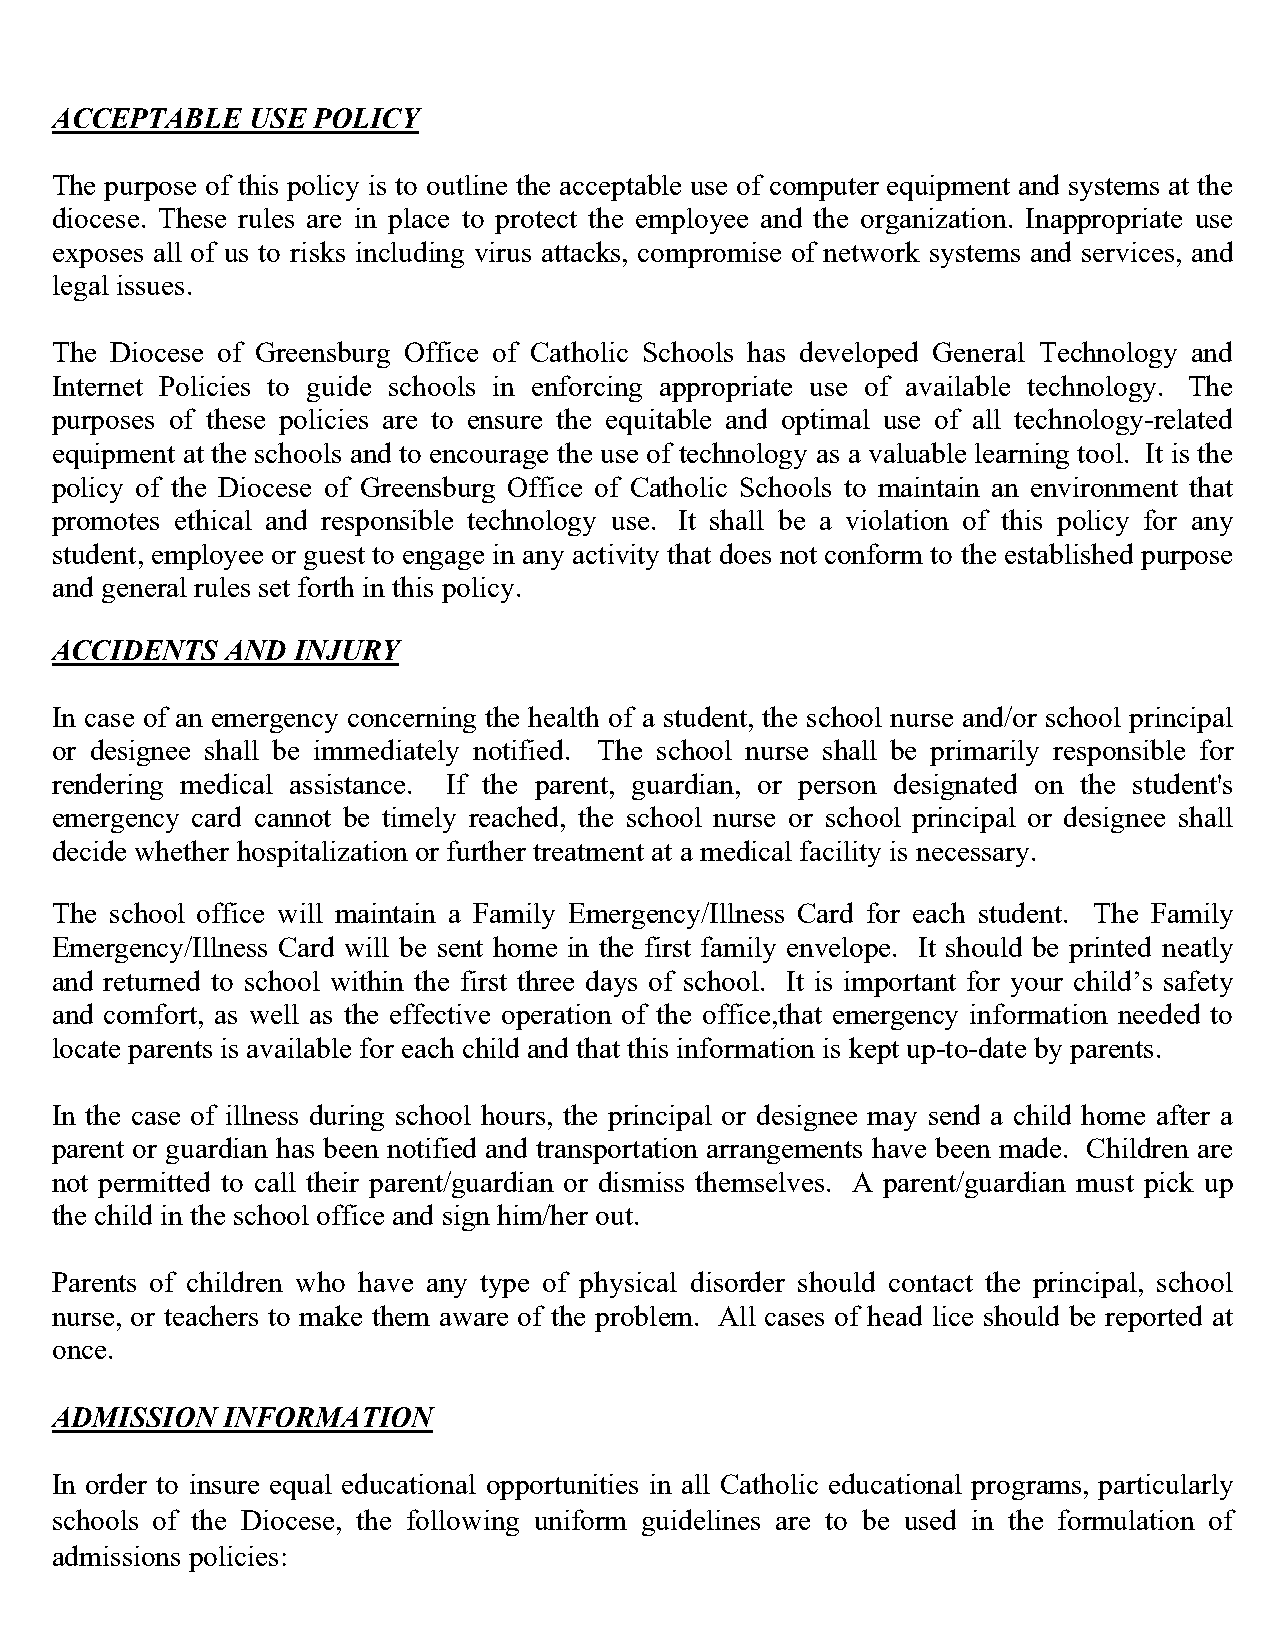
ACCEPTABLE   USE  POLICY
 The purpose of this policy is to outline the acceptable use of computer equipment and systems at the
 diocese. These rules are in place to protect the employee and the organization. Inappropriate use
 exposes all of us to risks including virus attacks, compromise of network systems and services, and
 legal issues.
 The Diocese of Greensburg Office of Catholic Schools has developed General Technology and
 Internet Policies to guide schools in enforcing appropriate use of available technology. The
 purposes of these policies are to ensure the equitable and optimal use of all technology-related
 equipment at the schools and to encourage the use of technology as a valuable learning tool. It is the
 policy of the Diocese of Greensburg Office of Catholic Schools to maintain an environment that
 promotes ethical and responsible technology use. It shall be a violation of this policy for any
 student, employee or guest to engage in any activity that does not conform to the established purpose
 and general rules set forth in this policy.
 ACCIDENTS   AND INJURY
 In case of an emergency concerning the health of a student, the school nurse and/or school principal
 or designee shall be immediately notified. The school nurse shall be primarily responsible for
 rendering medical assistance. If the parent, guardian, or person designated on the student's
 emergency card cannot be timely reached, the school nurse or school principal or designee shall
 decide whether hospitalization or further treatment at a medical facility is necessary.
 The school office will maintain a Family Emergency/Illness Card for each student. The Family
 Emergency/Illness Card will be sent home in the first family envelope. It should be printed neatly
 and returned to school within the first three days of school. It is important for your child’s safety
 and comfort, as well as the effective operation of the office,that emergency information needed to
 locate parents is available for each child and that this information is kept up-to-date by parents.
 In the case of illness during school hours, the principal or designee may send a child home after a
 parent or guardian has been notified and transportation arrangements have been made. Children are
 not permitted to call their parent/guardian or dismiss themselves. A parent/guardian must pick up
 the child in the school office and sign him/her out.
 Parents of children who have any type of physical disorder should contact the principal, school
 nurse, or teachers to make them aware of the problem. All cases of head lice should be reported at
 once.
 ADMISSION   INFORMATION
 In order to insure equal educational opportunities in all Catholic educational programs, particularly
 schools of the Diocese, the following uniform guidelines are to be used in the formulation of
 admissions policies: